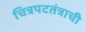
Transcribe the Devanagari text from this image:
चित्रपटतंत्राची